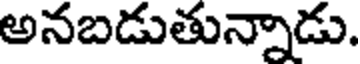
అనబడుతున్నాడు.